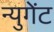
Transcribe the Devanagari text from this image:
न्युगेंट